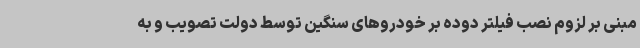
مبنی بر لزوم نصب فیلتر دوده بر خودروهای سنگین توسط دولت تصویب و به